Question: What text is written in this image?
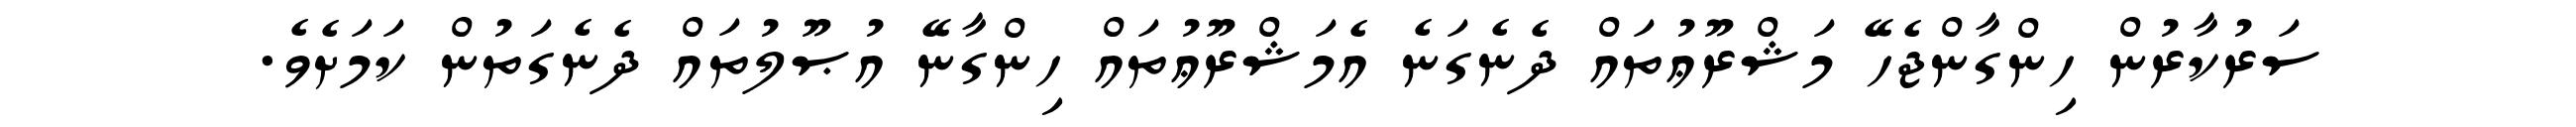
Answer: ސަރުކާރުން ހިންގާންޖެހޭ މަޝްރޫޢުތައް ދެނެގަނެ އެމަޝްރޫޢުތައް ހިންގާނޭ އުޞޫލުތައް ދެނެގަތުން ކަމަށެވެ.